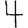
Digit: 4